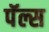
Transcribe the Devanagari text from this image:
पॅल्स